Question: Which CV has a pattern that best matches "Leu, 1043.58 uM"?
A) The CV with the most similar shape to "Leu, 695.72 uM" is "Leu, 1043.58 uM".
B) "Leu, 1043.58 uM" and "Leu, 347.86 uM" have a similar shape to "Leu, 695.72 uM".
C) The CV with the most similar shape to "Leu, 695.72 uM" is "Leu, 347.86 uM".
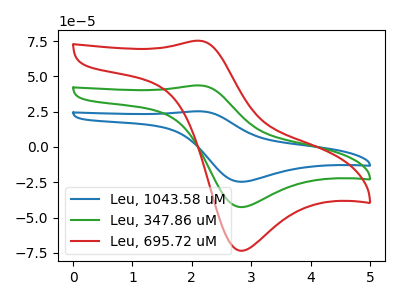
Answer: <think>The blue curve "Leu, 1043.58 uM" has an anodic peak at (2.15V, 87.15uA) and a cathodic peak at (2.80V, -85.25uA). The green curve "Leu, 347.86 uM" has an anodic peak at (2.15V, 43.60uA) and a cathodic peak at (2.80V, -42.60uA). The red curve "Leu, 695.72 uM" has an anodic peak at (2.15V, 75.25uA) and a cathodic peak at (2.80V, -73.55uA).
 All the peaks in "Leu, 1043.58 uM" have a peak in "Leu, 347.86 uM" at the same potential. Every peak in "Leu, 1043.58 uM" is higher than every peak in "Leu, 347.86 uM". All the peaks in "Leu, 1043.58 uM" have a peak in "Leu, 695.72 uM" at the same potential. Every peak in "Leu, 1043.58 uM" is higher than every peak in "Leu, 695.72 uM". All the peaks in "Leu, 347.86 uM" have a peak in "Leu, 695.72 uM" at the same potential. Every peak in "Leu, 347.86 uM" is lower than every peak in "Leu, 695.72 uM".</think>
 <answer>B) "Leu, 1043.58 uM" and "Leu, 347.86 uM" have a similar shape to "Leu, 695.72 uM".</answer>
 <eval>B</eval>